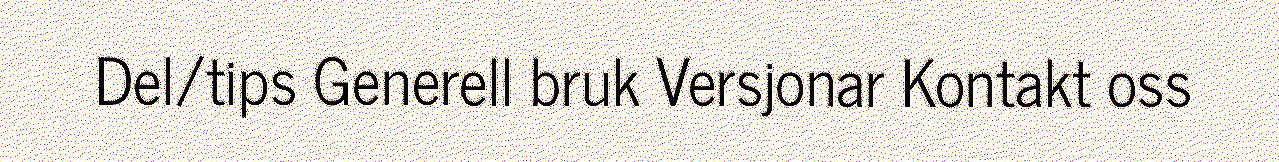
Del/tips Generell bruk Versjonar Kontakt oss